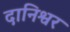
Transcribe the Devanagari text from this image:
दानिश्वर